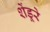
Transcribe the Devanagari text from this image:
शेंडूरे